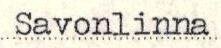
Savonlinna